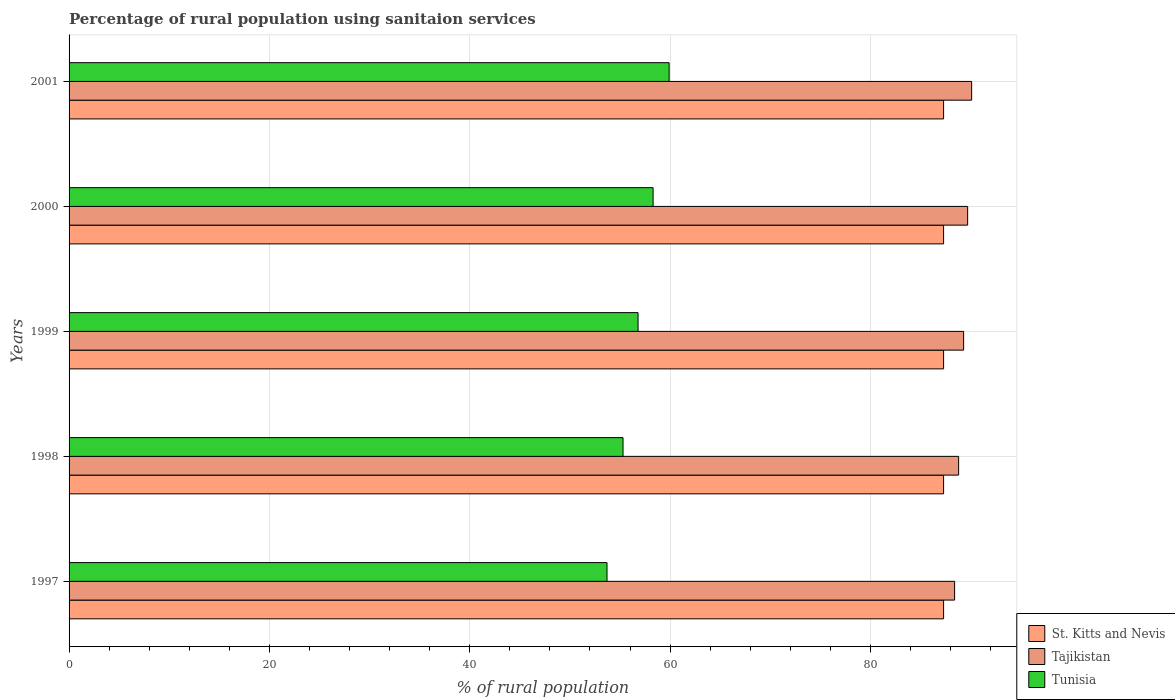
| Years | St. Kitts and Nevis | Tajikistan | Tunisia |
 | --- | --- | --- | --- |
 | 1997 | 87.3 | 88.4 | 53.7 |
 | 1998 | 87.3 | 88.8 | 55.3 |
 | 1999 | 87.3 | 89.3 | 56.8 |
 | 2000 | 87.3 | 89.7 | 58.3 |
 | 2001 | 87.3 | 90.1 | 59.9 |